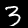
Label: 3